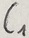
Text: C1